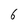
Character: 6